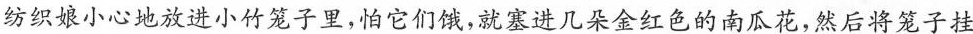
纺织娘小心地放进小竹笼子里，怕它们饿，就塞进几朵金红色的南瓜花，然后将笼子挂